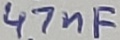
Text: 47nF